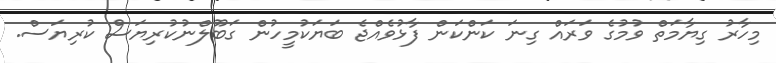
މިހާރު ގިޔާމަތް ވުމުގެ ވަރައް ގިނަ ކަންކަން ފާޅުވެއްޖެ ބަޔަކުމީހުން ގަބޫލްނުކުރިޔަސް ކުރިޔަސް.